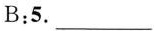
B:5. ___